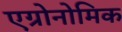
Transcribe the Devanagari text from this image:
एग्रोनोमिक